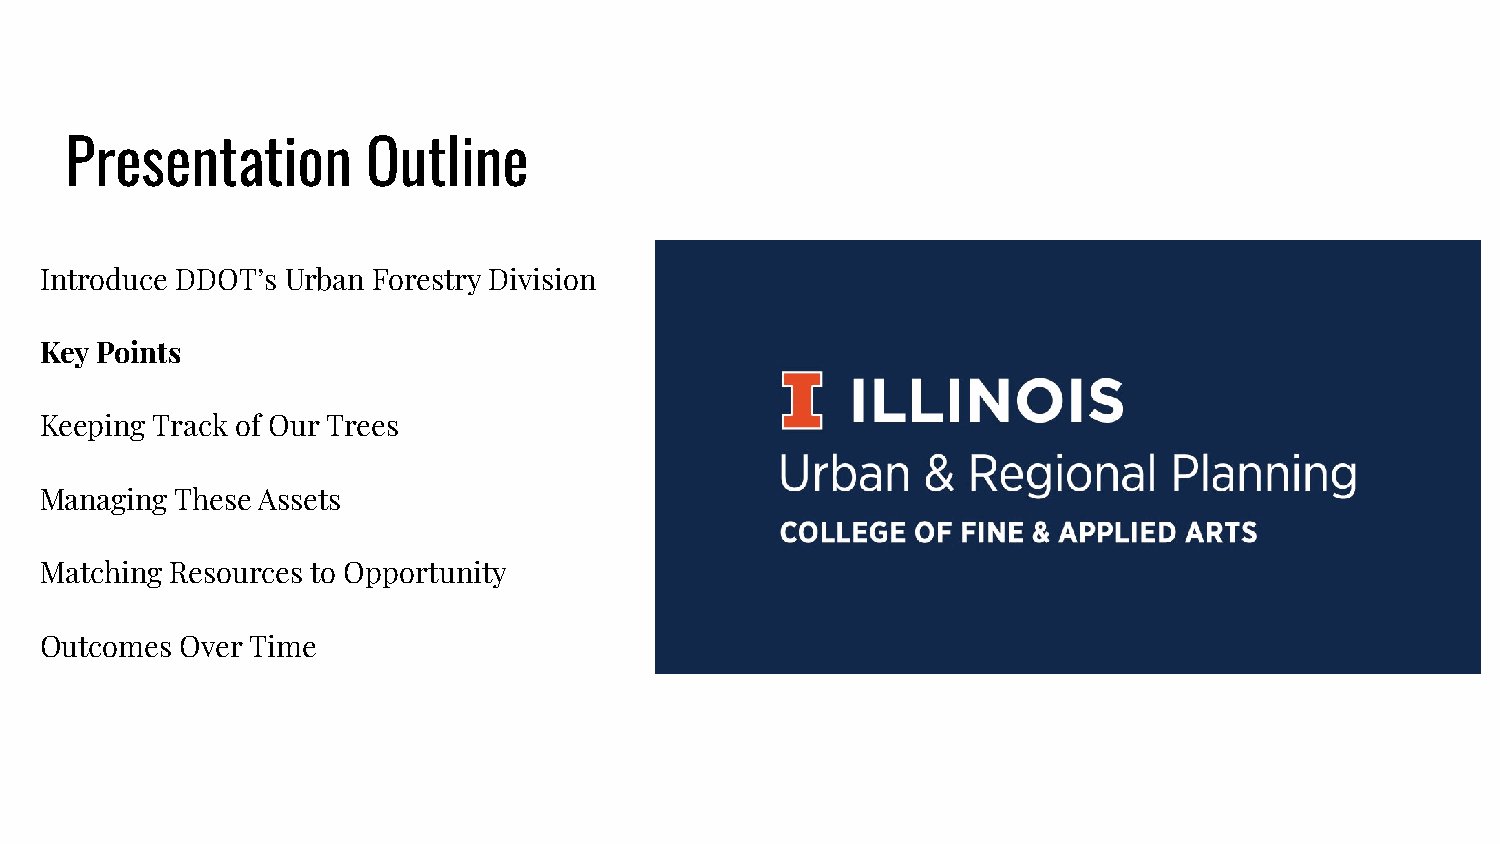
Presentation        Outline
 Introduce DDOT’s Urban Forestry Division
 Key Points
 Keeping Track of Our Trees
 Managing These Assets
 Matching Resources to Opportunity
 Outcomes Over Time